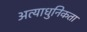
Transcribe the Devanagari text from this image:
अत्याधुनिकता